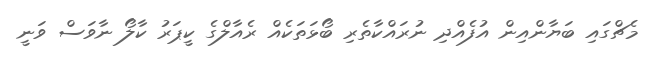
މެޗްގައި ބަޔާންއިން އުފެއްދި ނުރައްކާތެރި ބޯޅަތަކެއް ރެއާލްގެ ކީޕަރު ކާލޯ ނާވަސް ވަނީ